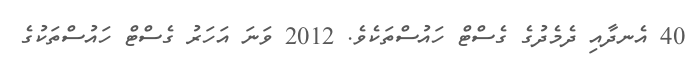
40 އެނދާއި ދެމެދުގެ ގެސްޓް ހައުސްތަކެވެ. 2012 ވަނަ އަހަރު ގެސްޓް ހައުސްތަކުގެ